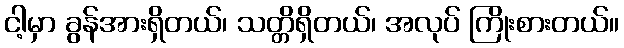
ငါ့မှာ ခွန်အားရှိတယ်၊ သတ္တိရှိတယ်၊ အလုပ် ကြိုးစားတယ်။